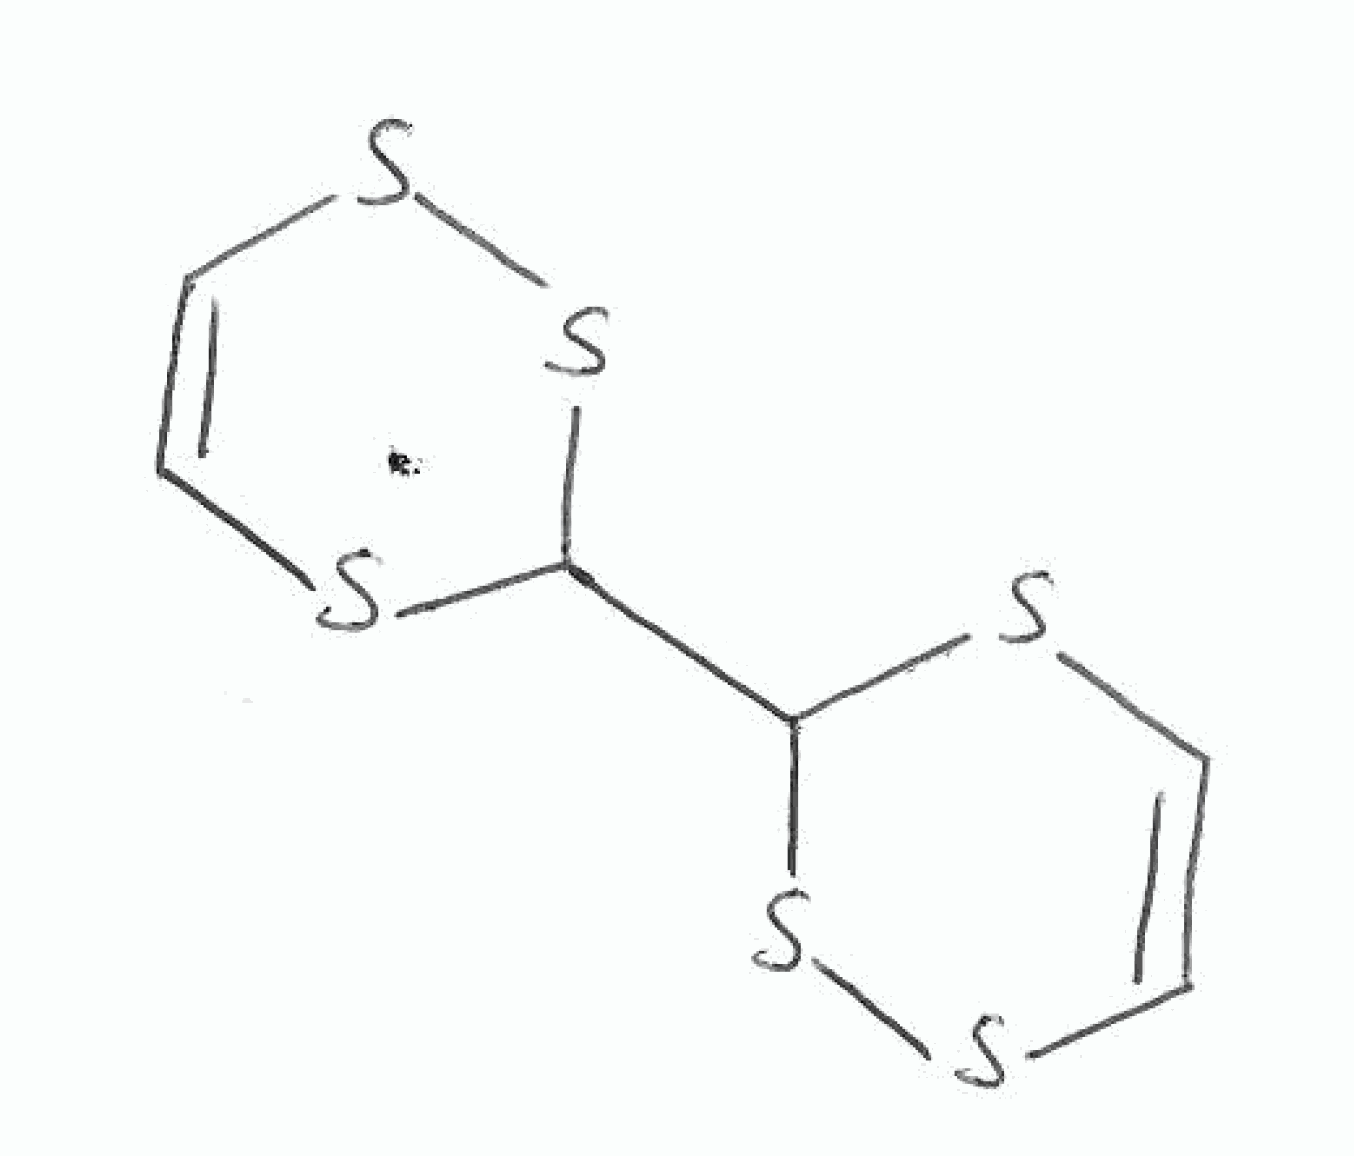
Simplified molecular-input line-entry system (SMILES) notation of the given molecule:
C1=CSSC(S1)C2SC=CSS2